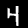
Label: 4